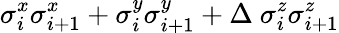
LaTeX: \sigma_{i}^{x}\sigma_{i+1}^{x}+\sigma_{i}^{y}\sigma_{i+1}^{y}+\Delta~\sigma_{i}^{z}\sigma_{i+1}^{z}